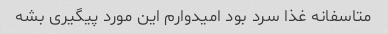
متاسفانه غذا سرد بود امیدوارم این مورد پیگیری بشه